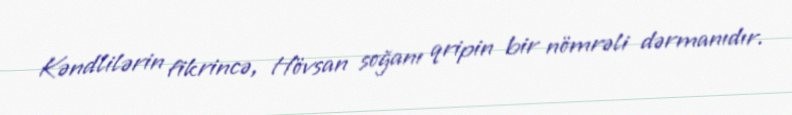
Kəndlilərin fikrincə, Hövsan soğanı qripin bir nömrəli dərmanıdır.